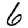
Digit: 6